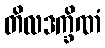
တိလဒက္ခိဏံ